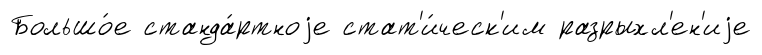
Большо́е станда́ртноjе стат'и́ческ'им разрыхл'ен'иjе